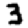
Digit: 3